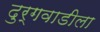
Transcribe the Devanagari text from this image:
दुर्गवाडीला